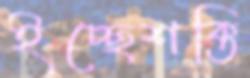
ইচ্ছেশক্তি